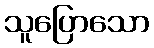
သူပြောသော